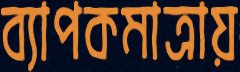
ব্যাপকমাত্রায়